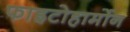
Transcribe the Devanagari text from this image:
फाइटोहार्मोन